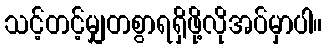
သင့်တင့်မျှတစွာရရှိဖို့လိုအပ်မှာပါ။